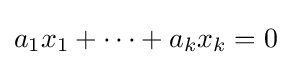
a_{1}x_{1}+\dots +a_{k}x_{k}=0